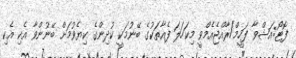
ފޮޓޯ:އަޝްވާ ފަހީމް/ރާއްޖެއެމްވީ މިކަހަލަ ފެއާތަކުގެ ބޭނުމަކީ ކުދިންގެ ކިޔެވުމަށް ބޭނުންވާ އެކި އެކި